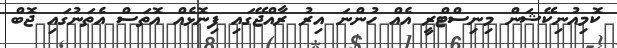
ކޮމިއުނިކޭޝަން މިނިސްޓްރީ އެއް ހުންނަ އިރު ރާއްޖޭގައި ފިނޮޅެއް އޮތަސް އެތަނުގައި ޖޮބް